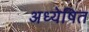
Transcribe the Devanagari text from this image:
अध्येषित